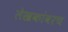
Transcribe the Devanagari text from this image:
लेखकांवरच